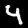
Label: 4